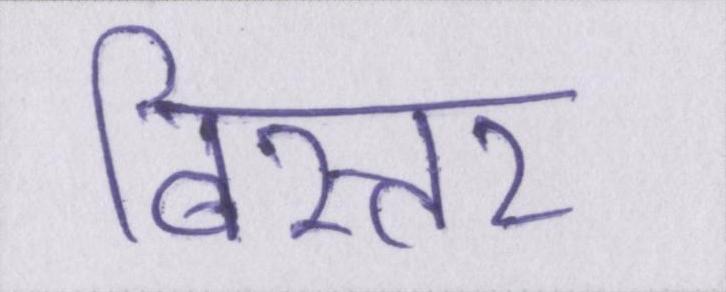
बिस्तर